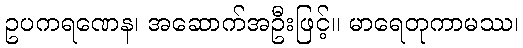
ဥပကရဏေန၊ အဆောက်အဦးဖြင့်။ မာရေတုကာမဿ၊